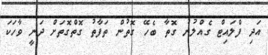
އަދި ފްލައިޓް ގެއްލުނު ގޮތާ ބެހޭ ގޮތުން ތަފާތު ގޮތްގޮތަށް ދަނީ ވާހަކަ